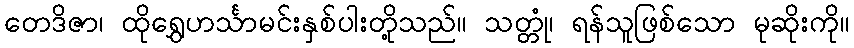
တေဒိဇာ၊ ထိုရွှေဟင်္သာမင်းနှစ်ပါးတို့သည်။ သတ္တုံ၊ ရန်သူဖြစ်သော မုဆိုးကို။